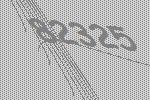
82325